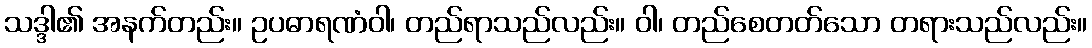
သဒ္ဒါ၏ အနက်တည်း။ ဥပဓာရဏံဝါ၊ တည်ရာသည်လည်း။ ဝါ၊ တည်စေတတ်သော တရားသည်လည်း။